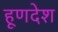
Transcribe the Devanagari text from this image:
हूणदेश